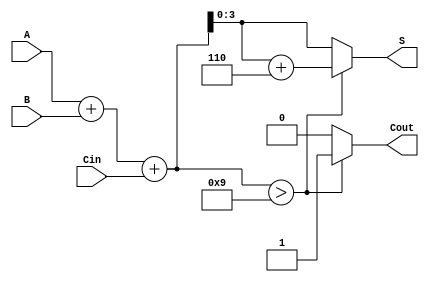
module BCD_Adder (
    input  [3:0] A,      // BCD digit A
    input  [3:0] B,      // BCD digit B
    input        Cin,     // Carry-in
    output reg [3:0] S,   // BCD sum output
    output reg Cout       // Carry-out
);

    wire [4:0] Temp_Sum; // 5-bit to accommodate carry
    wire correction;      // Flag for correction

    // Step 1: Calculate the binary sum
    assign Temp_Sum = A + B + Cin;

    // Step 2: Determine if correction is needed (if Temp_Sum > 9)
    assign correction = Temp_Sum > 9;

    // Step 3: BCD Correction Logic
    always @(*) begin
        if (correction) begin
            S = Temp_Sum + 4'b0110; // Add 6 for BCD correction
            Cout = 1;                // Set carry-out
        end else begin
            S = Temp_Sum[3:0];      // No correction needed
            Cout = 0;               // No carry-out
        end
    end

endmodule